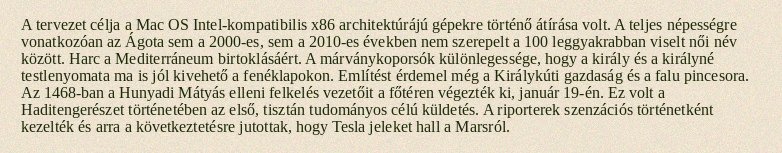
A tervezet célja a Mac OS Intel-kompatibilis x86 architektúrájú gépekre történő átírása volt. A teljes népességre vonatkozóan az Ágota sem a 2000-es, sem a 2010-es években nem szerepelt a 100 leggyakrabban viselt női név között. Harc a Mediterráneum birtoklásáért. A márványkoporsók különlegessége, hogy a király és a királyné testlenyomata ma is jól kivehető a fenéklapokon. Említést érdemel még a Királykúti gazdaság és a falu pincesora. Az 1468-ban a Hunyadi Mátyás elleni felkelés vezetőit a főtéren végezték ki, január 19-én. Ez volt a Haditengerészet történetében az első, tisztán tudományos célú küldetés. A riporterek szenzációs történetként kezelték és arra a következtetésre jutottak, hogy Tesla jeleket hall a Marsról.